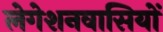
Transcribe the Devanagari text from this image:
लेगेशनवासियों